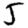
Digit: 5